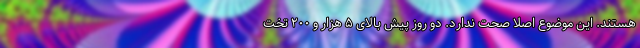
هستند. این موضوع اصلا صحت ندارد. دو روز پیش بالای ۵ هزار و ۲۰۰ تخت